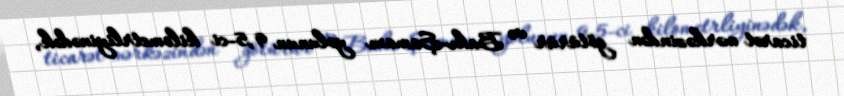
ticarət mərkəzindən götürür və Bakı-Şamaxı yolunun 9,5-ci kilometrliyinədək,